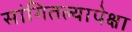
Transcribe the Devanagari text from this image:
सांगितल्यापेक्षा